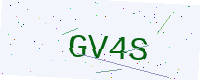
Text: GV4S